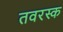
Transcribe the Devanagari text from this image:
तवरस्क